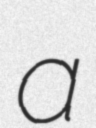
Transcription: a